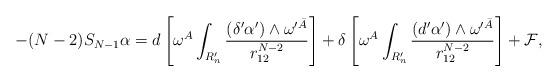
LaTeX: \begin{align*}-(N-2)S_{N-1}\alpha =d\left[ \omega ^{A}\int_{R_{n}^{\prime }}\frac{(\delta^{\prime }\alpha ^{\prime })\wedge \omega ^{\prime \bar{A}}}{r_{12}^{N-2}}\right] +\delta \left[ \omega ^{A}\int_{R_{n}^{\prime }}\frac{(d^{\prime}\alpha ^{\prime })\wedge \omega ^{\prime \bar{A}}}{r_{12}^{N-2}}\right] +\mathcal{F},\end{align*}